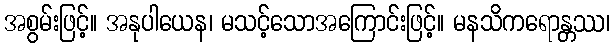
အစွမ်းဖြင့်။ အနုပါယေန၊ မသင့်သောအကြောင်းဖြင့်။ မနသိကရောန္တဿ၊